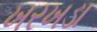
ખરખડા